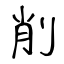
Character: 削